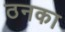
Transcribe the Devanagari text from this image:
ठनका